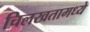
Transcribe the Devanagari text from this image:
चिलखतामध्ये